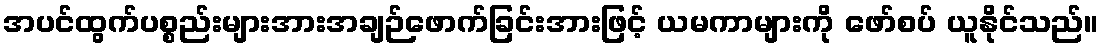
အပင်ထွက်ပစ္စည်းများအားအချဉ်ဖောက်ခြင်းအားဖြင့် ယမကာများကို ဖော်စပ် ယူနိုင်သည်။